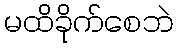
မထိခိုက်စေဘဲ